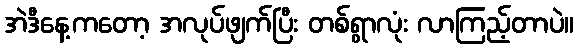
အဲဒီနေ့ကတော့ အလုပ်ဖျက်ပြီး တစ်ရွာလုံး လာကြည့်တာပဲ။